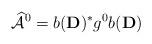
LaTeX: \begin{align*}\widehat{\mathcal{A}}^0 = b(\mathbf{D})^* g^0 b(\mathbf{D})\end{align*}